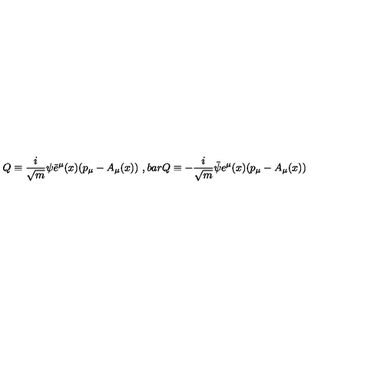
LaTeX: Q \equiv \frac { i } { \sqrt { m } } \psi \bar { e } ^ { \mu } ( x ) ( p _ { \mu } - A _ { \mu } ( x ) ) \ , b a r { Q } \equiv - \frac { i } { \sqrt { m } } \bar { \psi } e ^ { \mu } ( x ) ( p _ { \mu } - A _ { \mu } ( x ) )